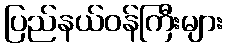
ပြည်နယ်ဝန်ကြီးများ